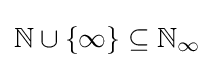
\mathbb {N} \cup \{\infty \}\subseteq \mathbb {N} _{\infty }